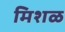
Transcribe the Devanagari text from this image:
मिशळ